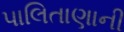
પાલિતાણાની